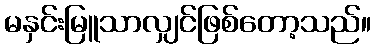
မနှင်းမြူသာလျှင်ဖြစ်တော့သည်။